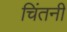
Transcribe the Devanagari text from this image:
चिंतनी